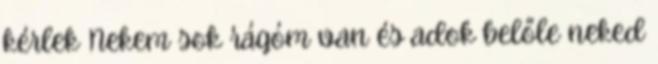
kérlek Nekem sok rágóm van és adok belőle neked